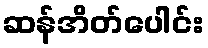
ဆန်အိတ်ပေါင်း